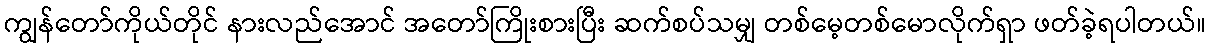
ကျွန်တော်ကိုယ်တိုင် နားလည်အောင် အတော်ကြိုးစားပြီး ဆက်စပ်သမျှ တစ်မေ့တစ်မောလိုက်ရှာ ဖတ်ခဲ့ရပါတယ်။